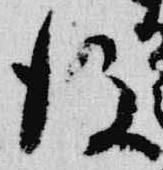
後